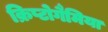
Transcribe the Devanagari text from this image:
क्रिप्टोगैमिया